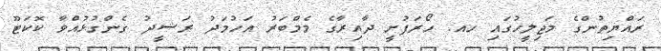
ރައްޔިތުންގެ މަޖިލީހުގައި ހއ. ހޯރަފުށީ ދާއިރާގެ މެމްބަރު އަހުމަދު ރަޝީދު ގެންގުޅުއްވާ ކޮކަޓޫ